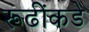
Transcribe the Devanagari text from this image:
रूढींकडे